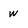
Character: W